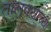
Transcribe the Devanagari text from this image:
तालूक्याच्या